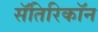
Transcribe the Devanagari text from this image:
सॅतिरिकॉन